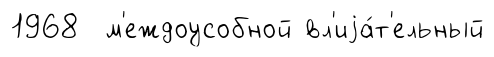
1968 м'еждоусобной вл'иjа́т'ельный